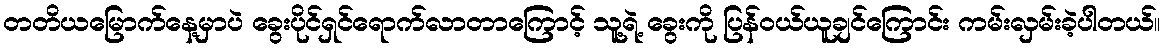
တတိယမြောက်နေ့မှာပဲ ခွေးပိုင်ရှင်ရောက်လာတာကြောင့် သူ့ရဲ့ ခွေးကို ပြန်ဝယ်ယူချင်ကြောင်း ကမ်းလှမ်းခဲ့ပါတယ်။